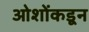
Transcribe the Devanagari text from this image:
ओशोंकडून